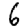
Digit: 6